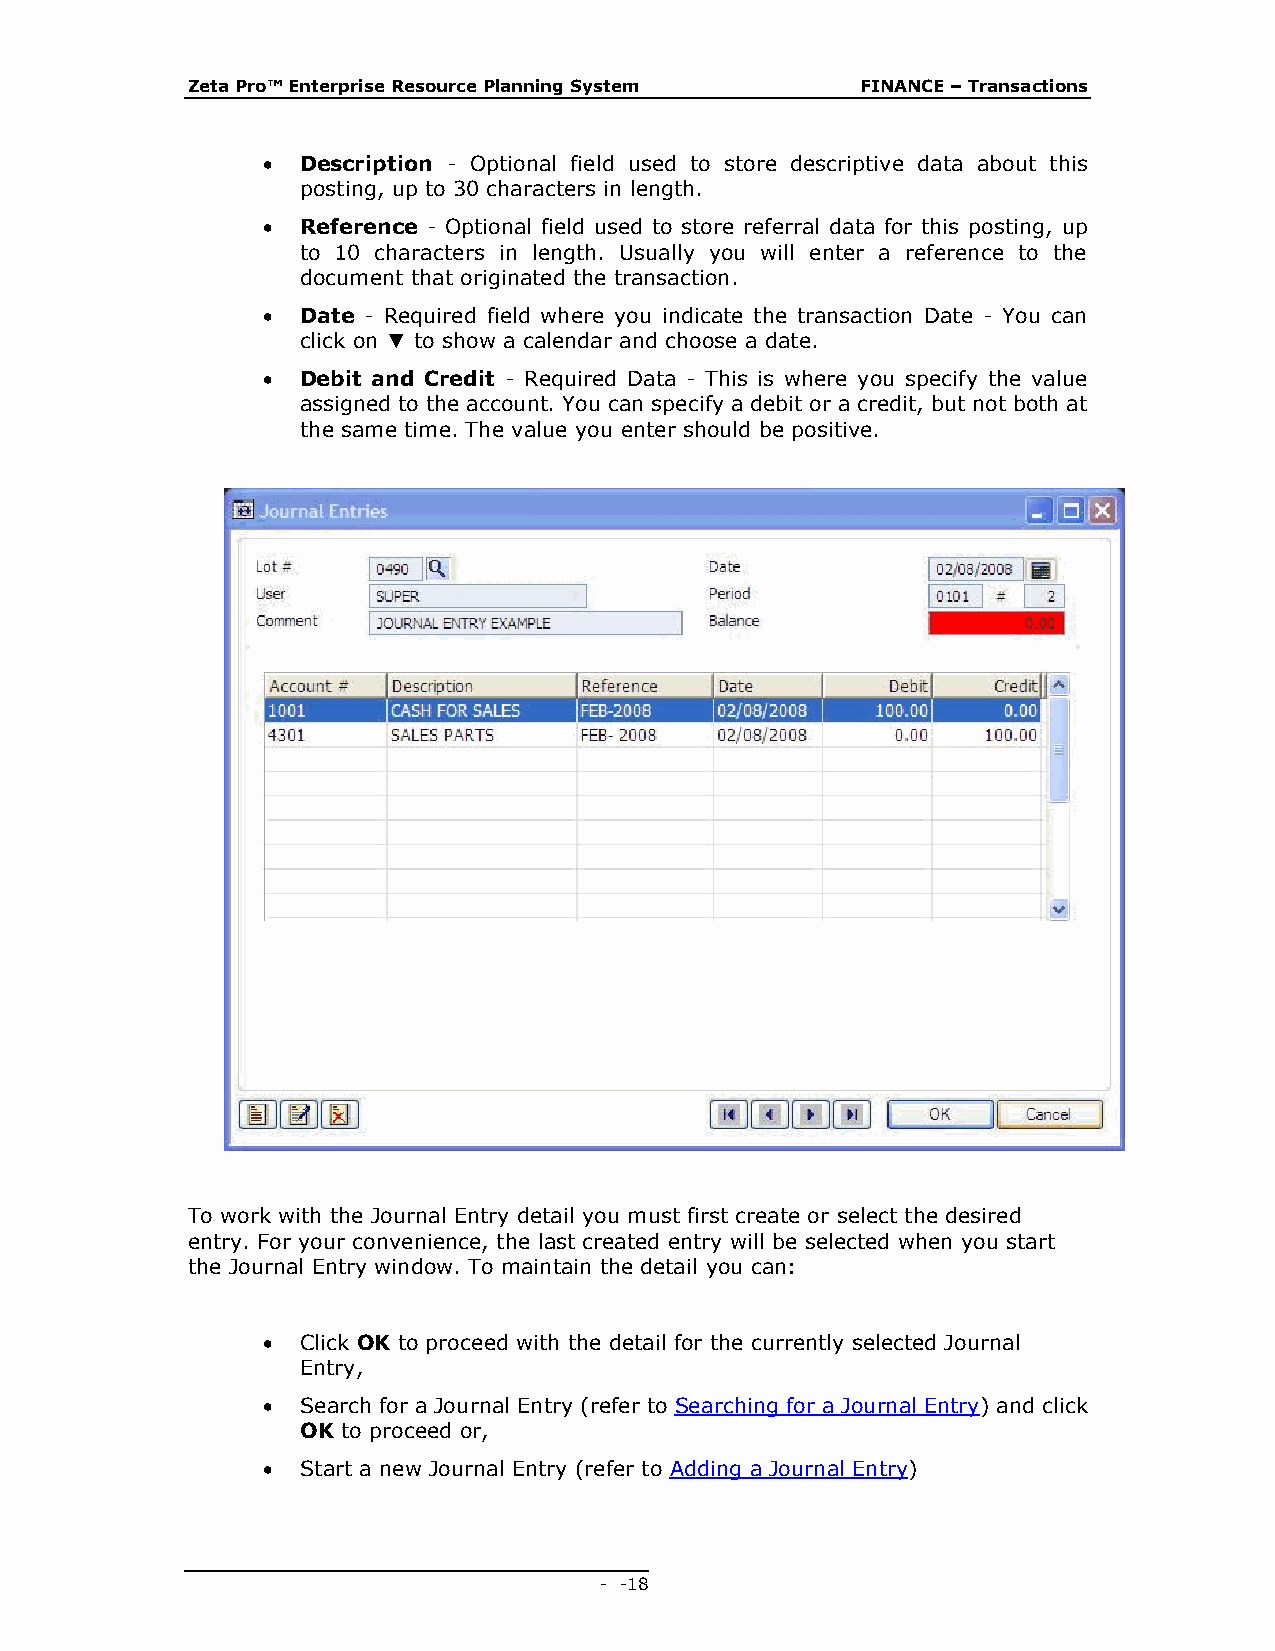
Zeta Pro™ Enterprise Resource Planning System FINANCE – Transactions
   Description - Optional field used to store descriptive data about this
 posting, up to 30 characters in length.
   Reference - Optional field used to store referral data for this posting, up
 to 10 characters in length. Usually you will enter a reference to the
 document that originated the transaction.
   Date - Required field where you indicate the transaction Date - You can
 click on ▼ to show a calendar and choose a date.
   Debit and Credit - Required Data - This is where you specify the value
 assigned to the account. You can specify a debit or a credit, but not both at
 the same time. The value you enter should be positive.
 To work with the Journal Entry detail you must first create or select the desired
 entry. For your convenience, the last created entry will be selected when you start
 the Journal Entry window. To maintain the detail you can:
   Click OK to proceed with the detail for the currently selected Journal
 Entry,
   Search for a Journal Entry (refer to Searching for a Journal Entry) and click
 OK to proceed or,
   Start a new Journal Entry (refer to Adding a Journal Entry)
 - - 18